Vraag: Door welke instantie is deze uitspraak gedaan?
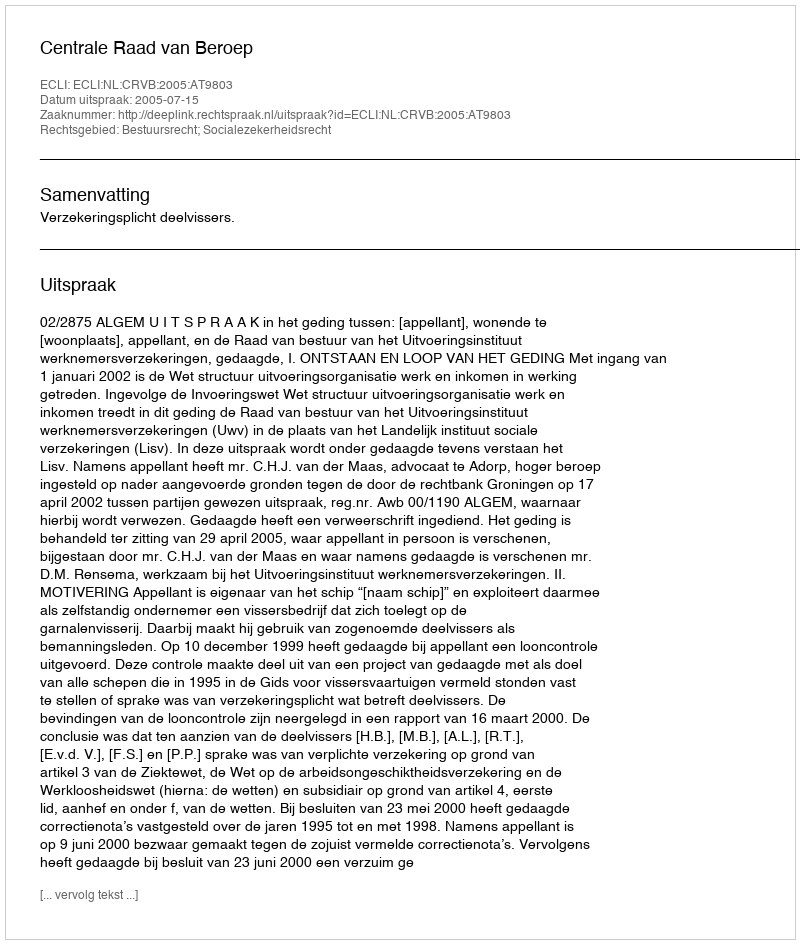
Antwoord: Centrale Raad van Beroep